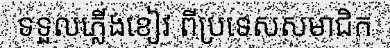
ទទួលភ្លើងខៀវ ពីប្រទេសសមាជិក